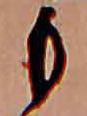
も